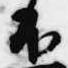
不